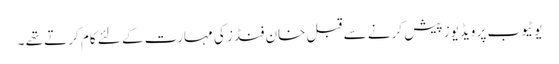
یوٹیوب پر ویڈیوز پیش کرنے سے قبل خان فنڈز کی مہارت کے لئے کام کرتے تھے ۔